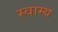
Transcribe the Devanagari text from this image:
स्वाम्य